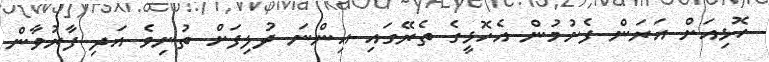
ހޮޅިއަށް އަރަން ފެށުމުން އެހޮޅީގެ ތެރޭގައި އިންނަ ދުލިފަށް ތުނިވެ އަދި ފާރުވާން